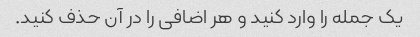
یک جمله را وارد کنید و هر اضافی را در آن حذف کنید.